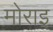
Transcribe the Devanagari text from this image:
मोराइ